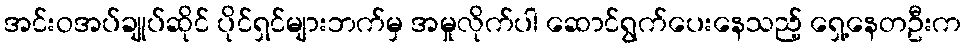
အင်းဝအပ်ချုပ်ဆိုင် ပိုင်ရှင်များဘက်မှ အမှုလိုက်ပါ ဆောင်ရွက်ပေးနေသည့် ရှေ့နေတဦးက